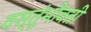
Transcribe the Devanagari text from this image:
वस्तूंभोवती